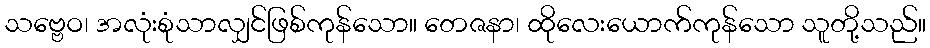
သဗ္ဗေဝ၊ အလုံးစုံသာလျှင်ဖြစ်ကုန်သော။ တေဇနာ၊ ထိုလေးယောက်ကုန်သော သူတို့သည်။